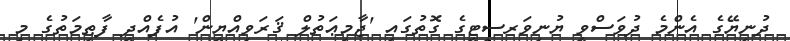
ދުނިޔޭގެ އެންމެ ދުވަސްވީ ޔުނިވަރސިޓީގެ ގޮތުގައި 'ޖާމިޢަތުލް ޤަރަވިއްޔީން' އުފެއްދީ ފާޠިމަތުގެ މި